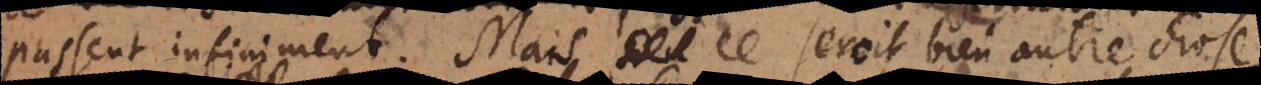
passent infiniment. Mais ce seroit bien autre chose,